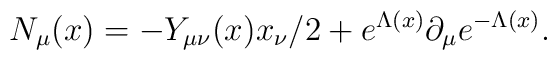
N_{\mu}(x) = - Y_{\mu \nu}(x) x_{\nu}/2 +e^{\Lambda(x)}\partial_{\mu}e^{-\Lambda(x)}.